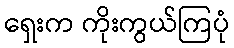
ရှေးက ကိုးကွယ်ကြပုံ